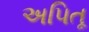
અપિતૂ